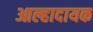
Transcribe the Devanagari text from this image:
आल्हादायक